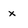
Character: x